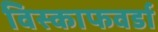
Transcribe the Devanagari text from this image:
विस्काफवर्डा